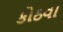
કોઠવા